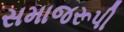
સમાજરૂપી